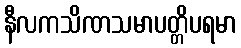
နီလကသိဏသမာပတ္တိပရမာ